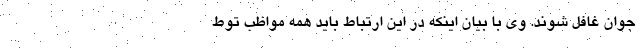
جوان غافل شوند. وی با بیان اینکه در این ارتباط باید همه مواظب توط